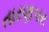
તારણપર